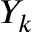
Y _ { k }